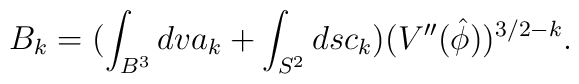
B_{k}=(\int_{B^{3}}dv a_{k}+\int_{S^{2}}ds c_{k})(V''(\hat{\phi})) ^{3/2-k}.